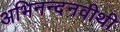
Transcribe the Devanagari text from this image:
अभिनन्दनवीथी